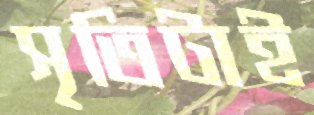
সৃতিটাই